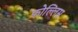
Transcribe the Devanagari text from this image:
फोल्लिस